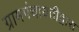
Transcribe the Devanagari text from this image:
ग्रामपंचायतीद्वारा